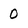
Character: 0